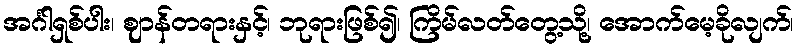
အင်္ဂါရှစ်ပါး၊ ဈာန်တရားနှင့်၊ ဘုရားဖြစ်၍၊ ကြိမ်လတ်တွေ့သို့၊ အောက်မေ့ခိုလျက်၊